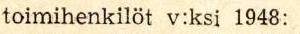
toimihenkilöt v:ksi 1948: